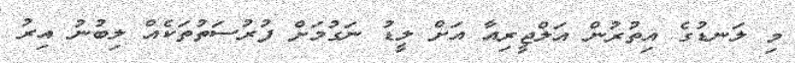
މި ލަނޑުގެ އިތުރުން އަލްޖީރިއާ އަށް ލީޑު ނަގުމަށް ފުރުސަތުތަކެއް ލިބުނު އިރު